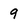
Character: 9